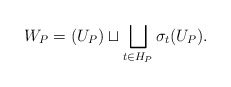
\begin{align*} W_P = (U_P) \sqcup \bigsqcup_{t\in H_P} \sigma_t(U_P). \end{align*}